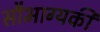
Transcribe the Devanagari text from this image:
सौभाग्यकी